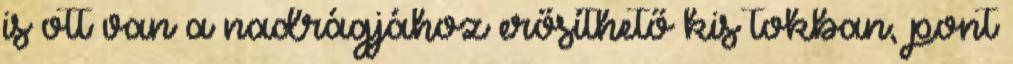
is ott van a nadrágjához erősíthető kis tokban, pont